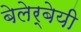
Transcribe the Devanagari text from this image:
बेलेर्बेयी